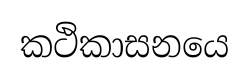
කථිකාසනයෙ